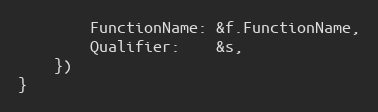
Language: Go
		FunctionName: &f.FunctionName,
		Qualifier:    &s,
	})
}